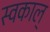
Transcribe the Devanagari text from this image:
स्वकाल्